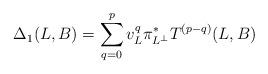
LaTeX: \begin{align*}\Delta_1(L,B) = \sum_{q=0}^p v_L^q\pi_{L^\perp}^*T^{(p-q)}(L,B)\end{align*}